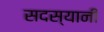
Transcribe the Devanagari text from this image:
सदस्यानी